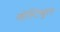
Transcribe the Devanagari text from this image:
व्हेस्टिबुल